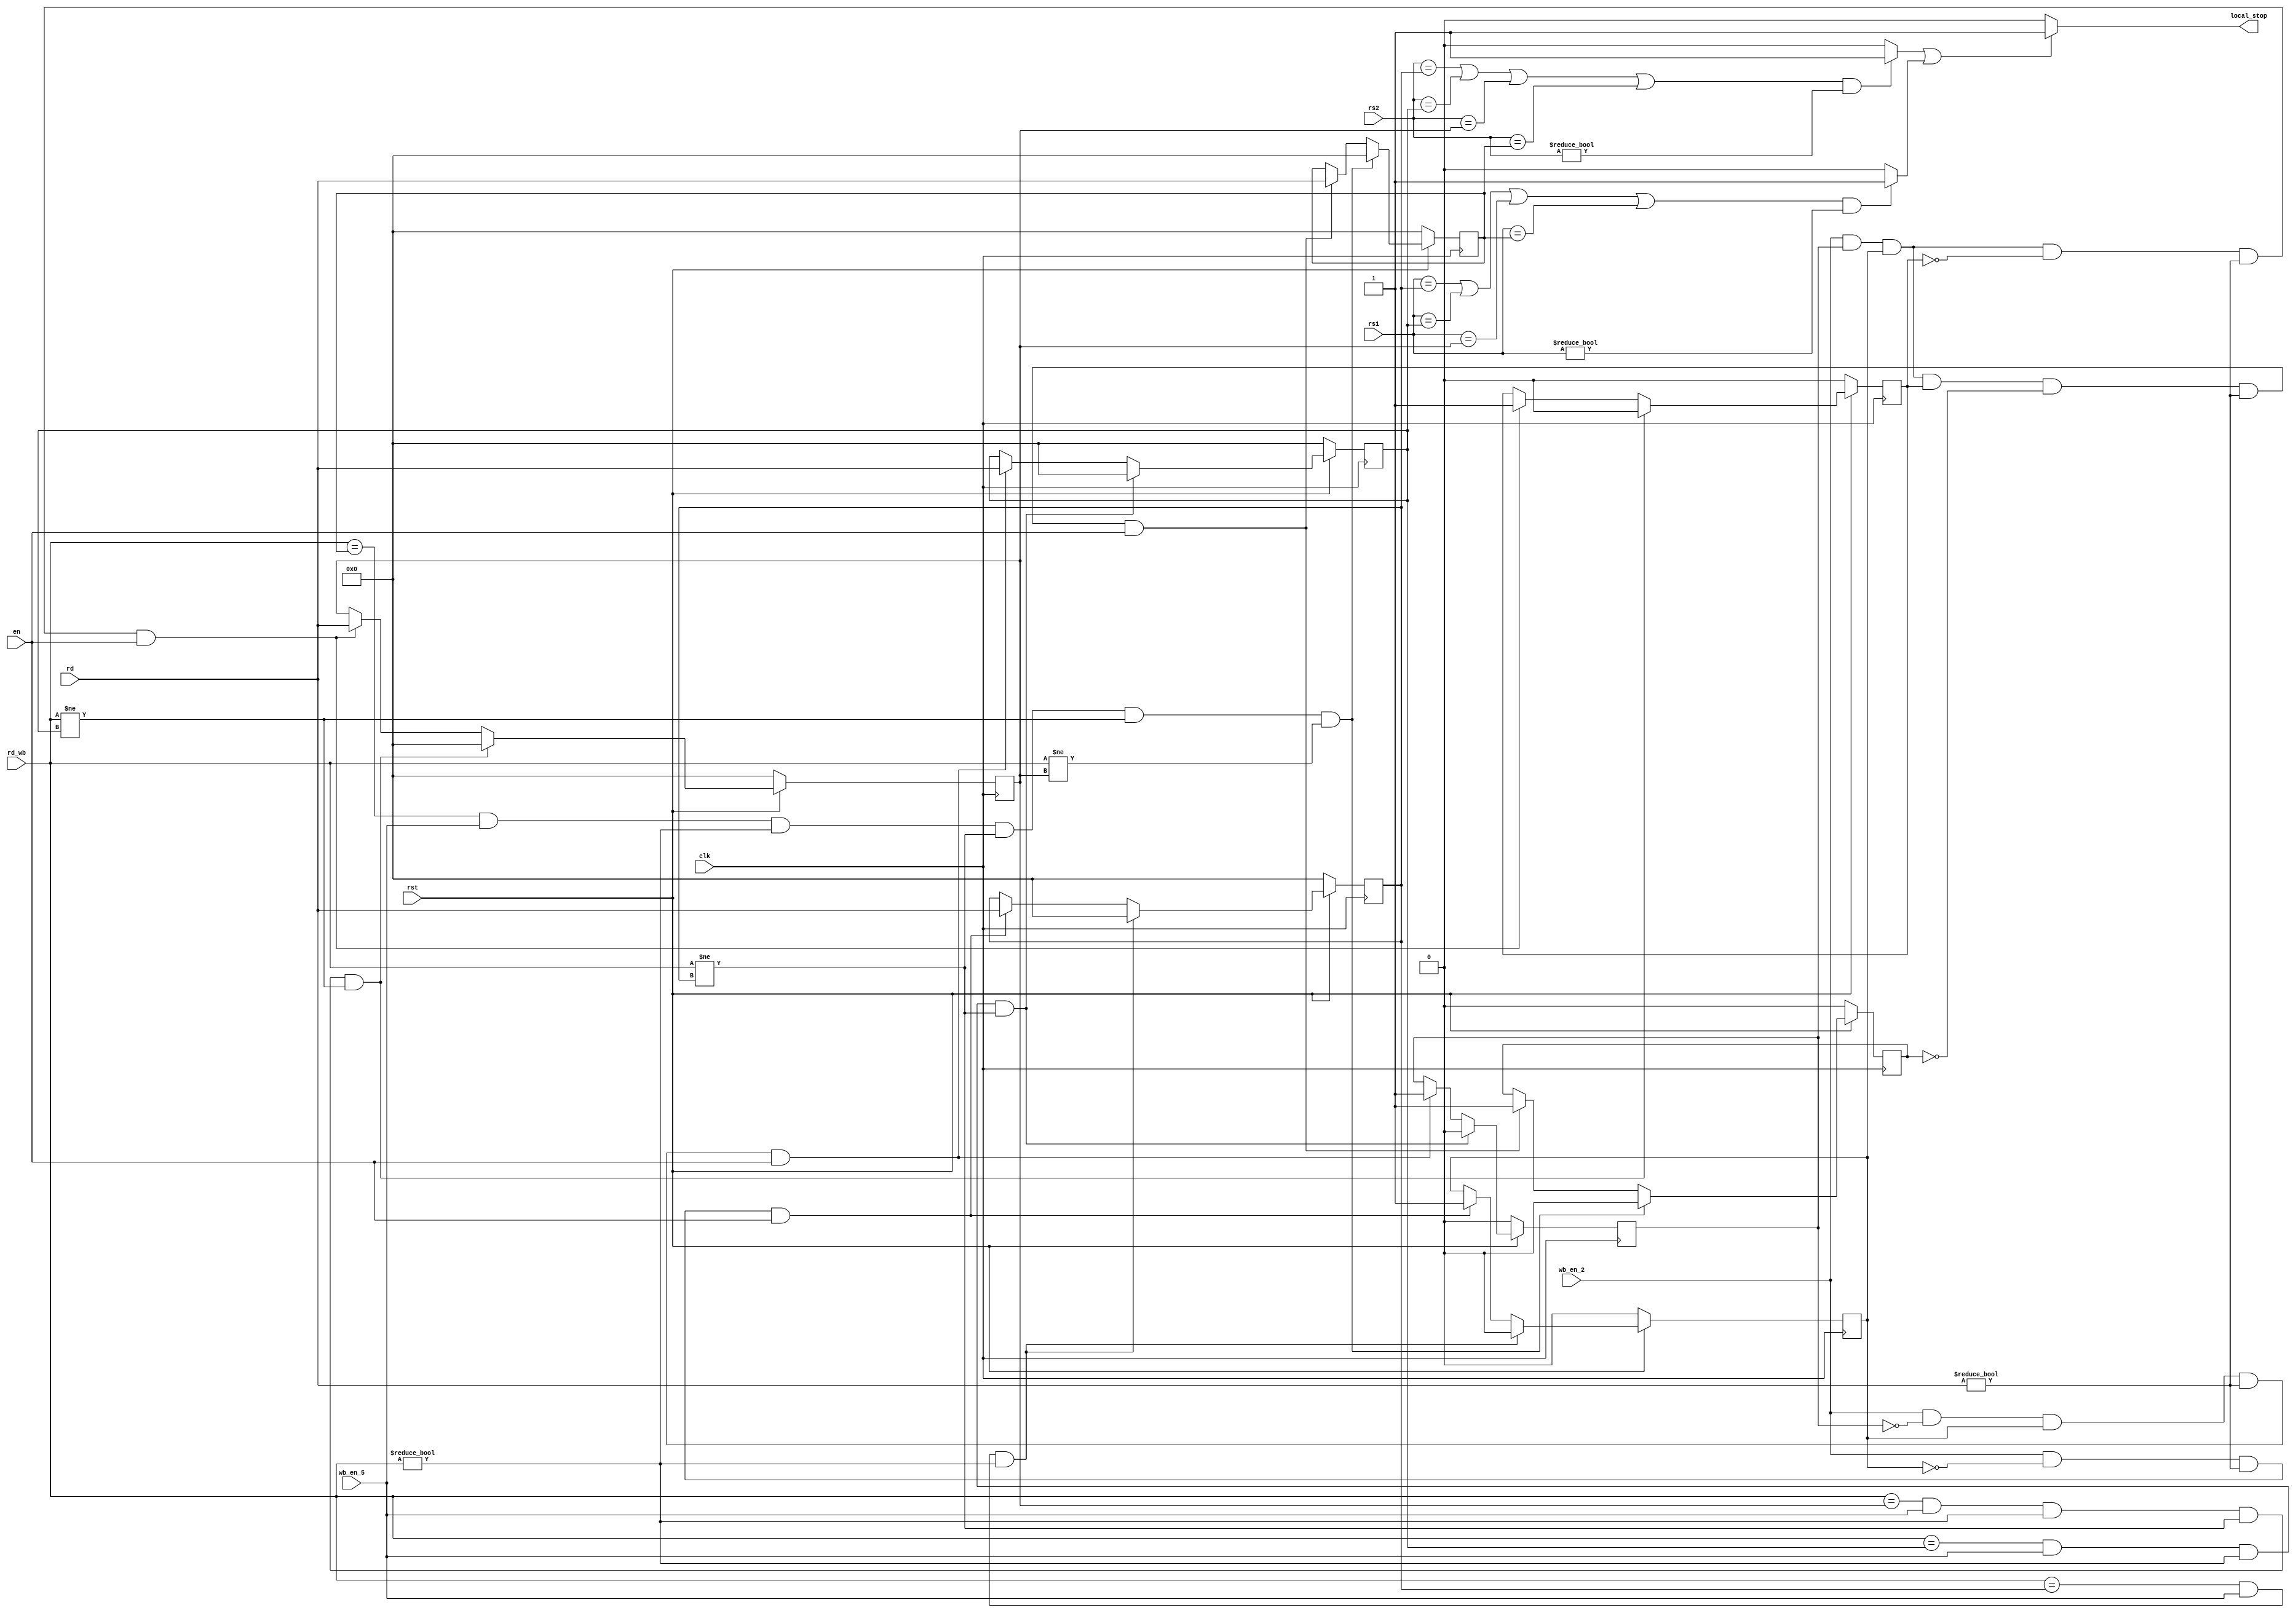
module otof(
    input clk,
    input [4:0] rs1,
    input [4:0] rs2,
    input [4:0] rd,
    input [4:0] rd_wb,
    input wb_en_2,
    input wb_en_5,
    input rst,
    
    input en,
    
    output reg local_stop
    );
    
    (* keep = "true" *)reg lunch_f0,lunch_f1,lunch_f2,lunch_f3;
    
    (* keep = "true" *)reg [4:0] wb_reg1,wb_reg2,wb_reg3,wb_reg0;
    
    (* keep = "true" *)reg eque_rs1;
    (* keep = "true" *)reg eque_rs2;
    
    always@(*)
        if( (rs1==wb_reg0 || rs1==wb_reg1 || rs1==wb_reg2  || rs1==wb_reg3) && rs1!=0  )
            eque_rs1=1;
        else 
            eque_rs1=0;
            
   always@(*)
        if( (rs2==wb_reg0 || rs2==wb_reg1 || rs2==wb_reg2  || rs2==wb_reg3) && rs2!=0  )
            eque_rs2=1;
        else 
            eque_rs2=0;
    always@(*)
        if(eque_rs2==1 || eque_rs1==1)
            local_stop=1;
        else
            local_stop=0;
    
    
//////////////////////////////////////////////////////////////////
    
    always@(posedge clk)
        if(rst==0)
            wb_reg0<=0;
        else if(rd_wb==wb_reg0 && wb_en_5==1  && rd_wb!=0)
            wb_reg0<=0;
        else if(wb_en_2==1 && lunch_f0==0 && rd!=0 && en==1)
            wb_reg0<=rd;
        
    always@(posedge clk)
        if(rst==0)
            wb_reg1<=0;
        else if(rd_wb==wb_reg1 && wb_en_5==1 && rd_wb!=0 && rd_wb!=wb_reg0)
            wb_reg1<=0;
        else if(wb_en_2==1 && lunch_f1==0 && lunch_f0==1 && rd!=0 && en==1)
            wb_reg1<=rd;    
            
    always@(posedge clk)
        if(rst==0)
            wb_reg2<=0;
        else if(rd_wb==wb_reg2 && wb_en_5==1 && rd_wb!=0 && rd_wb!=wb_reg0 && rd_wb!=wb_reg1)
            wb_reg2<=0;
        else if(wb_en_2==1 && lunch_f1==1 && lunch_f0==1 && lunch_f2==0 && rd!=0 && en==1)
            wb_reg2<=rd;
            
    always@(posedge clk)
        if(rst==0)
            wb_reg3<=0;
        else if(rd_wb==wb_reg3 && wb_en_5==1 && rd_wb!=0 && rd_wb!=wb_reg0 && rd_wb!=wb_reg1 && rd_wb!=wb_reg2)
            wb_reg3<=0;            
        else if(wb_en_2==1 && lunch_f1==1 && lunch_f0==1 && lunch_f2==1 && lunch_f3==0 && rd!=0 && en==1)
            wb_reg3<=rd;  
             
            
//////////////////////////////////////////////////////    
    always@(posedge clk)
        if(rst==0)
            lunch_f0<=0;
        else if(rd_wb==wb_reg0 && wb_en_5==1  && rd_wb!=0)
            lunch_f0<=0;
        else if(wb_en_2==1 && lunch_f0==0 && rd!=0 && en==1)
            lunch_f0<=1;
    
    always@(posedge clk)
        if(rst==0)
            lunch_f1<=0;
        else if(rd_wb==wb_reg1 && wb_en_5==1 && rd_wb!=0 && rd_wb!=wb_reg0)
            lunch_f1<=0;
        else if(wb_en_2==1 && lunch_f1==0 && lunch_f0==1 && rd!=0 && en==1)
            lunch_f1<=1;            
            
    always@(posedge clk)
        if(rst==0)
            lunch_f2<=0;
        else if(rd_wb==wb_reg2 && wb_en_5==1 && rd_wb!=0 && rd_wb!=wb_reg0 && rd_wb!=wb_reg1)
            lunch_f2<=0;
        else if(wb_en_2==1 && lunch_f1==1 && lunch_f0==1 && lunch_f2==0 && rd!=0 && en==1)
            lunch_f2<=1; 
            
    always@(posedge clk)
        if(rst==0)
            lunch_f3<=0;
        else if(rd_wb==wb_reg3 && wb_en_5==1 && rd_wb!=0 && rd_wb!=wb_reg0 && rd_wb!=wb_reg1 && rd_wb!=wb_reg2)
            lunch_f3<=0;
        else if(wb_en_2==1 && lunch_f1==1 && lunch_f0==1 && lunch_f2==1 && lunch_f3==0 && rd!=0 && en==1)
            lunch_f3<=1;             
    
    
    
    
endmodule